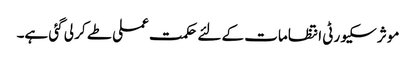
موثر سکیورٹی انتظامات کے لئے حکمت عملی طے کر لی گئی ہے۔